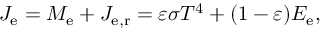
J _ { \mathrm { e } } = M _ { \mathrm { e } } + J _ { \mathrm { e , r } } = \varepsilon \sigma T ^ { 4 } + ( 1 - \varepsilon ) E _ { \mathrm { e } } ,